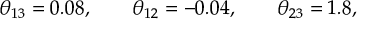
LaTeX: \theta _ { 1 3 } = 0 . 0 8 , \qquad \theta _ { 1 2 } = - 0 . 0 4 , \qquad \theta _ { 2 3 } = 1 . 8 ,